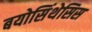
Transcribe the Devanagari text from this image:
बयोसिंथेसिस